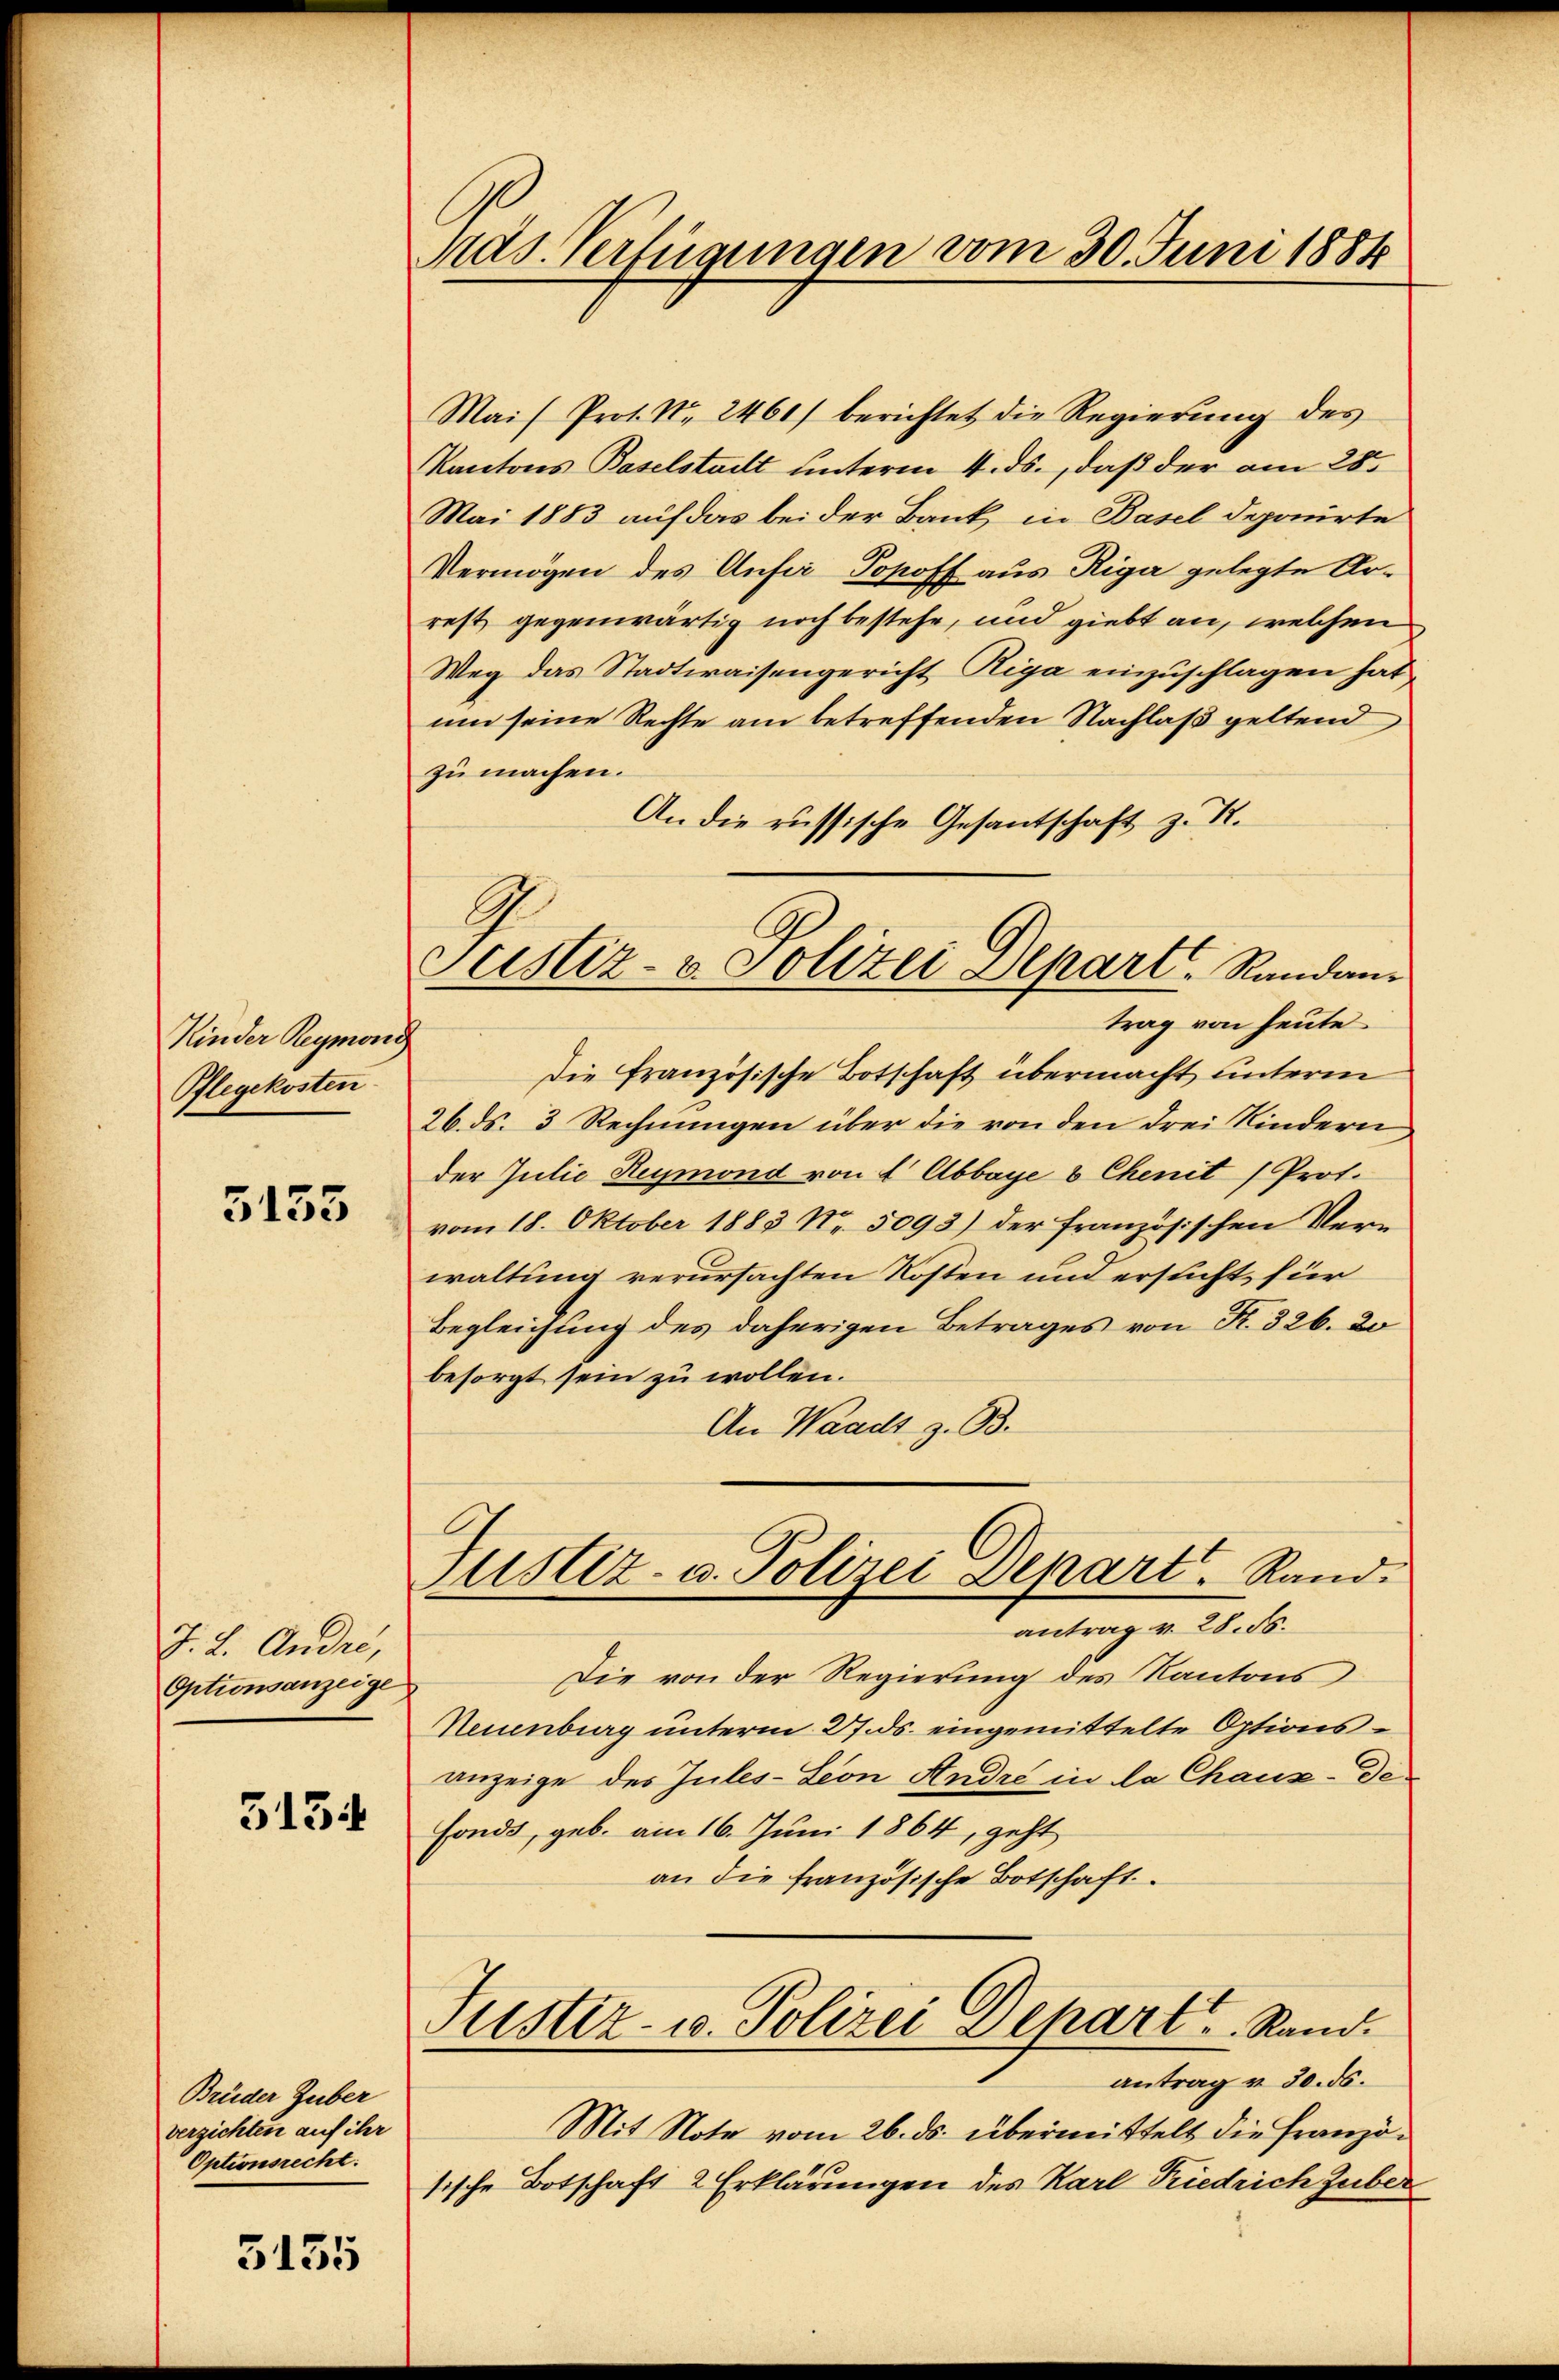
Kinder Reymond
Pflegekosten

5155

J. 2. Andre,
Optionsanzeige

3134

Brüder Zuber
verzichten auf ihr
Optionsrecht:

5135

Mas. Verfügungen vom 30. Juni 1884

Justiz- & Polizei Depart. Stunden

Mai/Prot. No. 2461) berichtet die Regierung des
Kantons Baselstadt unterm 4. ds., daß der am 28ten
Mai 1883 auf das bei der Bank, in Basel deponirte
Vermögen des Anfer Popoff aus Riga gelegte Arrest gegenwärtig noch bestehe, und giebt an, welchen
Weg das Stadtwaisengericht Riga einzuschlagen hat
um seine Rechte am betreffenden Nachlaß geltend
zu machen.
An die russische Gesantschaft z. K.
trag von heute
Die französische Botschaft übermacht unterm
26. ds. 3 Rechnungen über die von den drei Kindern
der Julie Heymond von 2 Abbaye 8 Chenit (Prot.
vom 18. Oktober 1883 No. 5093) der französischen Verwaltung verursachten Rosten und ersucht für
Begleichung des daherigen Betrages von K. 326. 20
besorgt sein zu wollen.
An Waadt z. B.
Justiz- u. Polizei Depart, Rand
antrag v. 28. ds.
Die von der Regierung des Kantons
Neuenburg unterm 27. ds. eingemittelte Options-
anzeige des Jules-Leon André in da Chaux-de-
Fonds, geb. am 16. Juni 1864, geht
an die französische Botschaft.
Justiz- u. Polizei Depart. Stand.
antrag u. 30. ds.
Mit Note vom 26. ds. übermittelt die Französische Botschaft 2 Erklärungen des Karl Friedrich Zuber